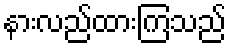
နားလည်ထားကြသည်